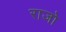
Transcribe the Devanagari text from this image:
राजो